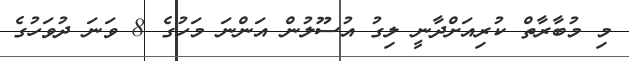
މި މުބާރާތް ކުރިއަށްދާނީ ލިގު އުސޫލުން އަންނަ މަހުގެ 8 ވަނަ ދުވަހުގެ